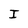
Character: I